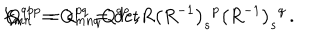
f _ { m n } { } ^ { p } = \epsilon _ { m n q } Q ^ { q p } \, , \hspace { 1 c m } Q ^ { q p } = Q ^ { p q } = \mathrm { d e t } R \left( R ^ { - 1 } \right) _ { s } { } ^ { p } \left( R ^ { - 1 } \right) _ { s } { } ^ { q } \, .